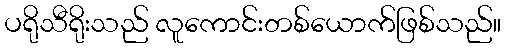
ပရိုသီရိုးသည် လူကောင်းတစ်ယောက်ဖြစ်သည်။